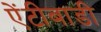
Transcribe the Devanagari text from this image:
ऐंटीबाडी